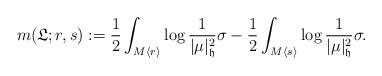
LaTeX: \begin{align*}m(\mathfrak{L};r,s):=\frac{1}{2} \int_{M\langle r\rangle} \log \frac{1}{|\mu|_{\mathfrak{h}}^{2}}\sigma-\frac{1}{2} \int_{M\langle s\rangle} \log \frac{1}{|\mu|_{\mathfrak{h}}^{2}}\sigma.\end{align*}